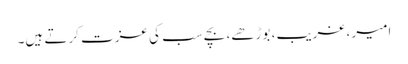
امیر ،غریب، بوڑھے، بچے سب کی عزت کرتے ہیں۔